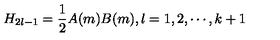
H _ { 2 l - 1 } = \frac { 1 } { 2 } A ( m ) B ( m ) , l = 1 , 2 , \cdots , k + 1